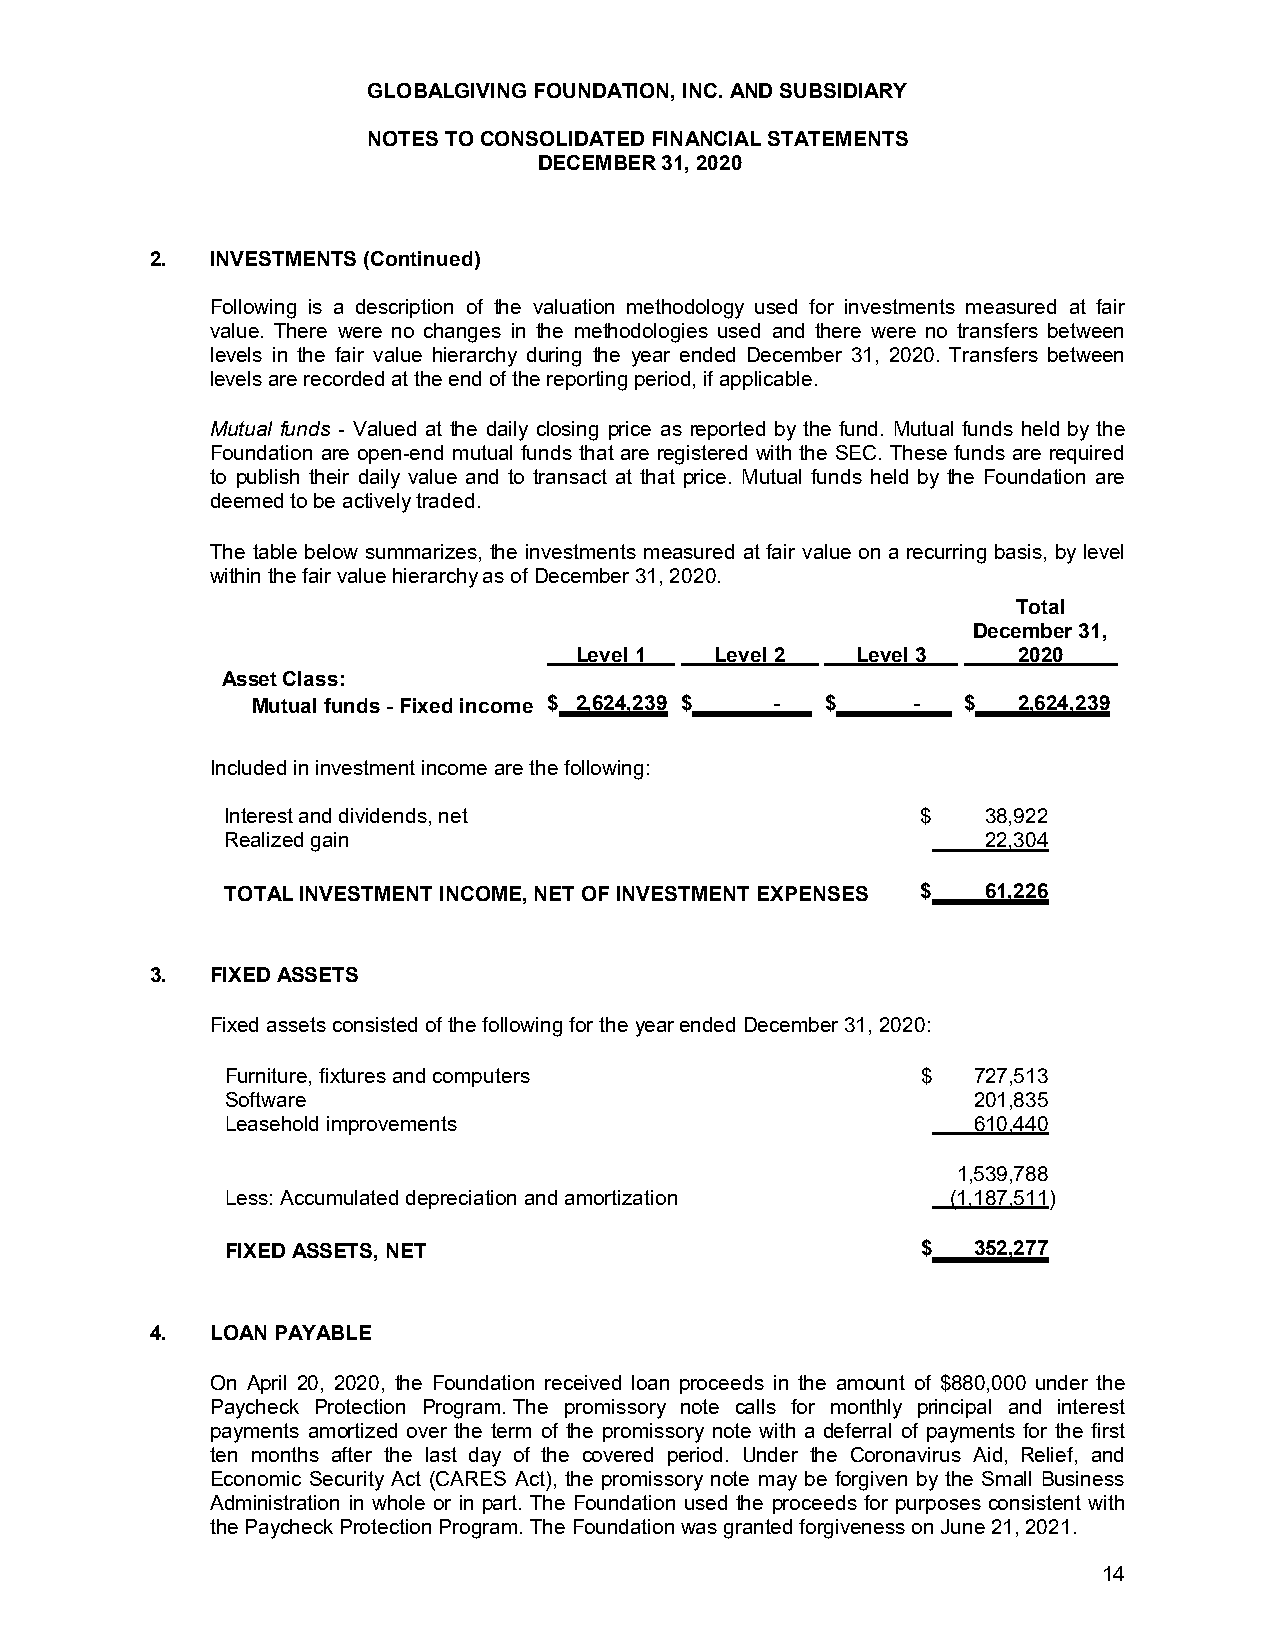
GLOBALGIVING FOUNDATION, INC. AND SUBSIDIARY
 NOTES TO CONSOLIDATED FINANCIAL STATEMENTS
 DECEMBER 31, 2020
 2.  INVESTMENTS (Continued)
 Following is a description of the valuation methodology used for investments measured at fair
 value. There were no changes in the methodologies used and there were no transfers between
 levels in the fair value hierarchy during the year ended December 31, 2020. Transfers between
 levels are recorded at the end of the reporting period, if applicable.
 Mutual funds - Valued at the daily closing price as reported by the fund. Mutual funds held by the
 Foundation are open-end mutual funds that are registered with the SEC. These funds are required
 to publish their daily value and to transact at that price. Mutual funds held by the Foundation are
 deemed to be actively traded.
 The table below summarizes, the investments measured at fair value on a recurring basis, by level
 within the fair value hierarchy as of December 31, 2020.
 Total
 December 31,
 Level 1  Level 2   Level 3   2020
 Asset Class:
 Mutual funds - Fixed income $ 2,624,239 $ - $ - $ 2,624,239
 Included in investment income are the following:
 Interest and dividends, net                   $   38,922
 Realized gain                                     22,304
 TOTAL INVESTMENT INCOME, NET OF INVESTMENT EXPENSES $ 61,226
 3.  FIXED ASSETS
 Fixed assets consisted of the following for the year ended December 31, 2020:
 Furniture, fixtures and computers             $   727,513
 Software                                          201,835
 Leasehold improvements                            610,440
 1,539,788
 Less: Accumulated depreciation and amortization (1,187,511)
 FIXED ASSETS, NET                             $   352,277
 4.  LOAN PAYABLE
 On April 20, 2020, the Foundation received loan proceeds in the amount of $880,000 under the
 Paycheck Protection Program. The promissory note calls for monthly principal and interest
 payments amortized over the term of the promissory note with a deferral of payments for the first
 ten months after the last day of the covered period. Under the Coronavirus Aid, Relief, and
 Economic Security Act (CARES Act), the promissory note may be forgiven by the Small Business
 Administration in whole or in part. The Foundation used the proceeds for purposes consistent with
 the Paycheck Protection Program. The Foundation was granted forgiveness on June21, 2021.
 14